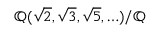
\mathbb { Q } ( { \sqrt { 2 } } , { \sqrt { 3 } } , { \sqrt { 5 } } , \ldots ) / \mathbb { Q }